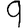
Digit: 9